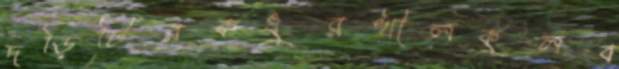
দড়িটিরকধুরখীলকুলব